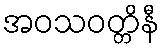
အဝသဝတ္တိနီ